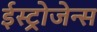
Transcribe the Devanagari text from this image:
ईस्ट्रोजेन्स